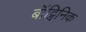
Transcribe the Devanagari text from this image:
बॉट्विनिक